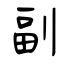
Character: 副